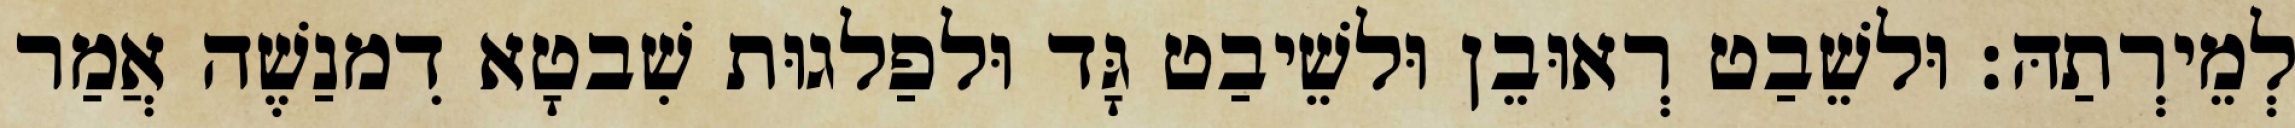
לְמֵירְתַהּ׃ וּלשֵׁבַט רְאוּבֵן וּלשֵׁיבַט גָּד וּלפַלגוּת שִׁבטָא דִמנַשֶׁה אֲמַר